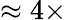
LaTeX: \approx 4\times